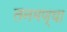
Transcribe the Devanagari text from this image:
तनमण्या